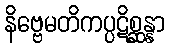
နိဗ္ဗေမတိကပ္ပဋိစ္ဆန္နာ